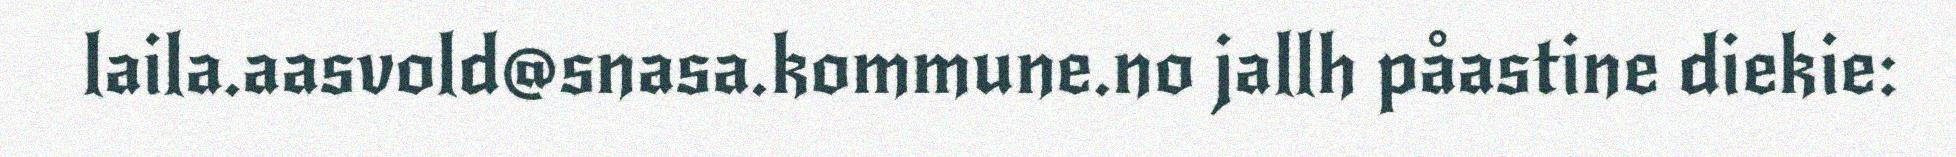
laila.aasvold@snasa.kommune.no jallh påastine diekie: